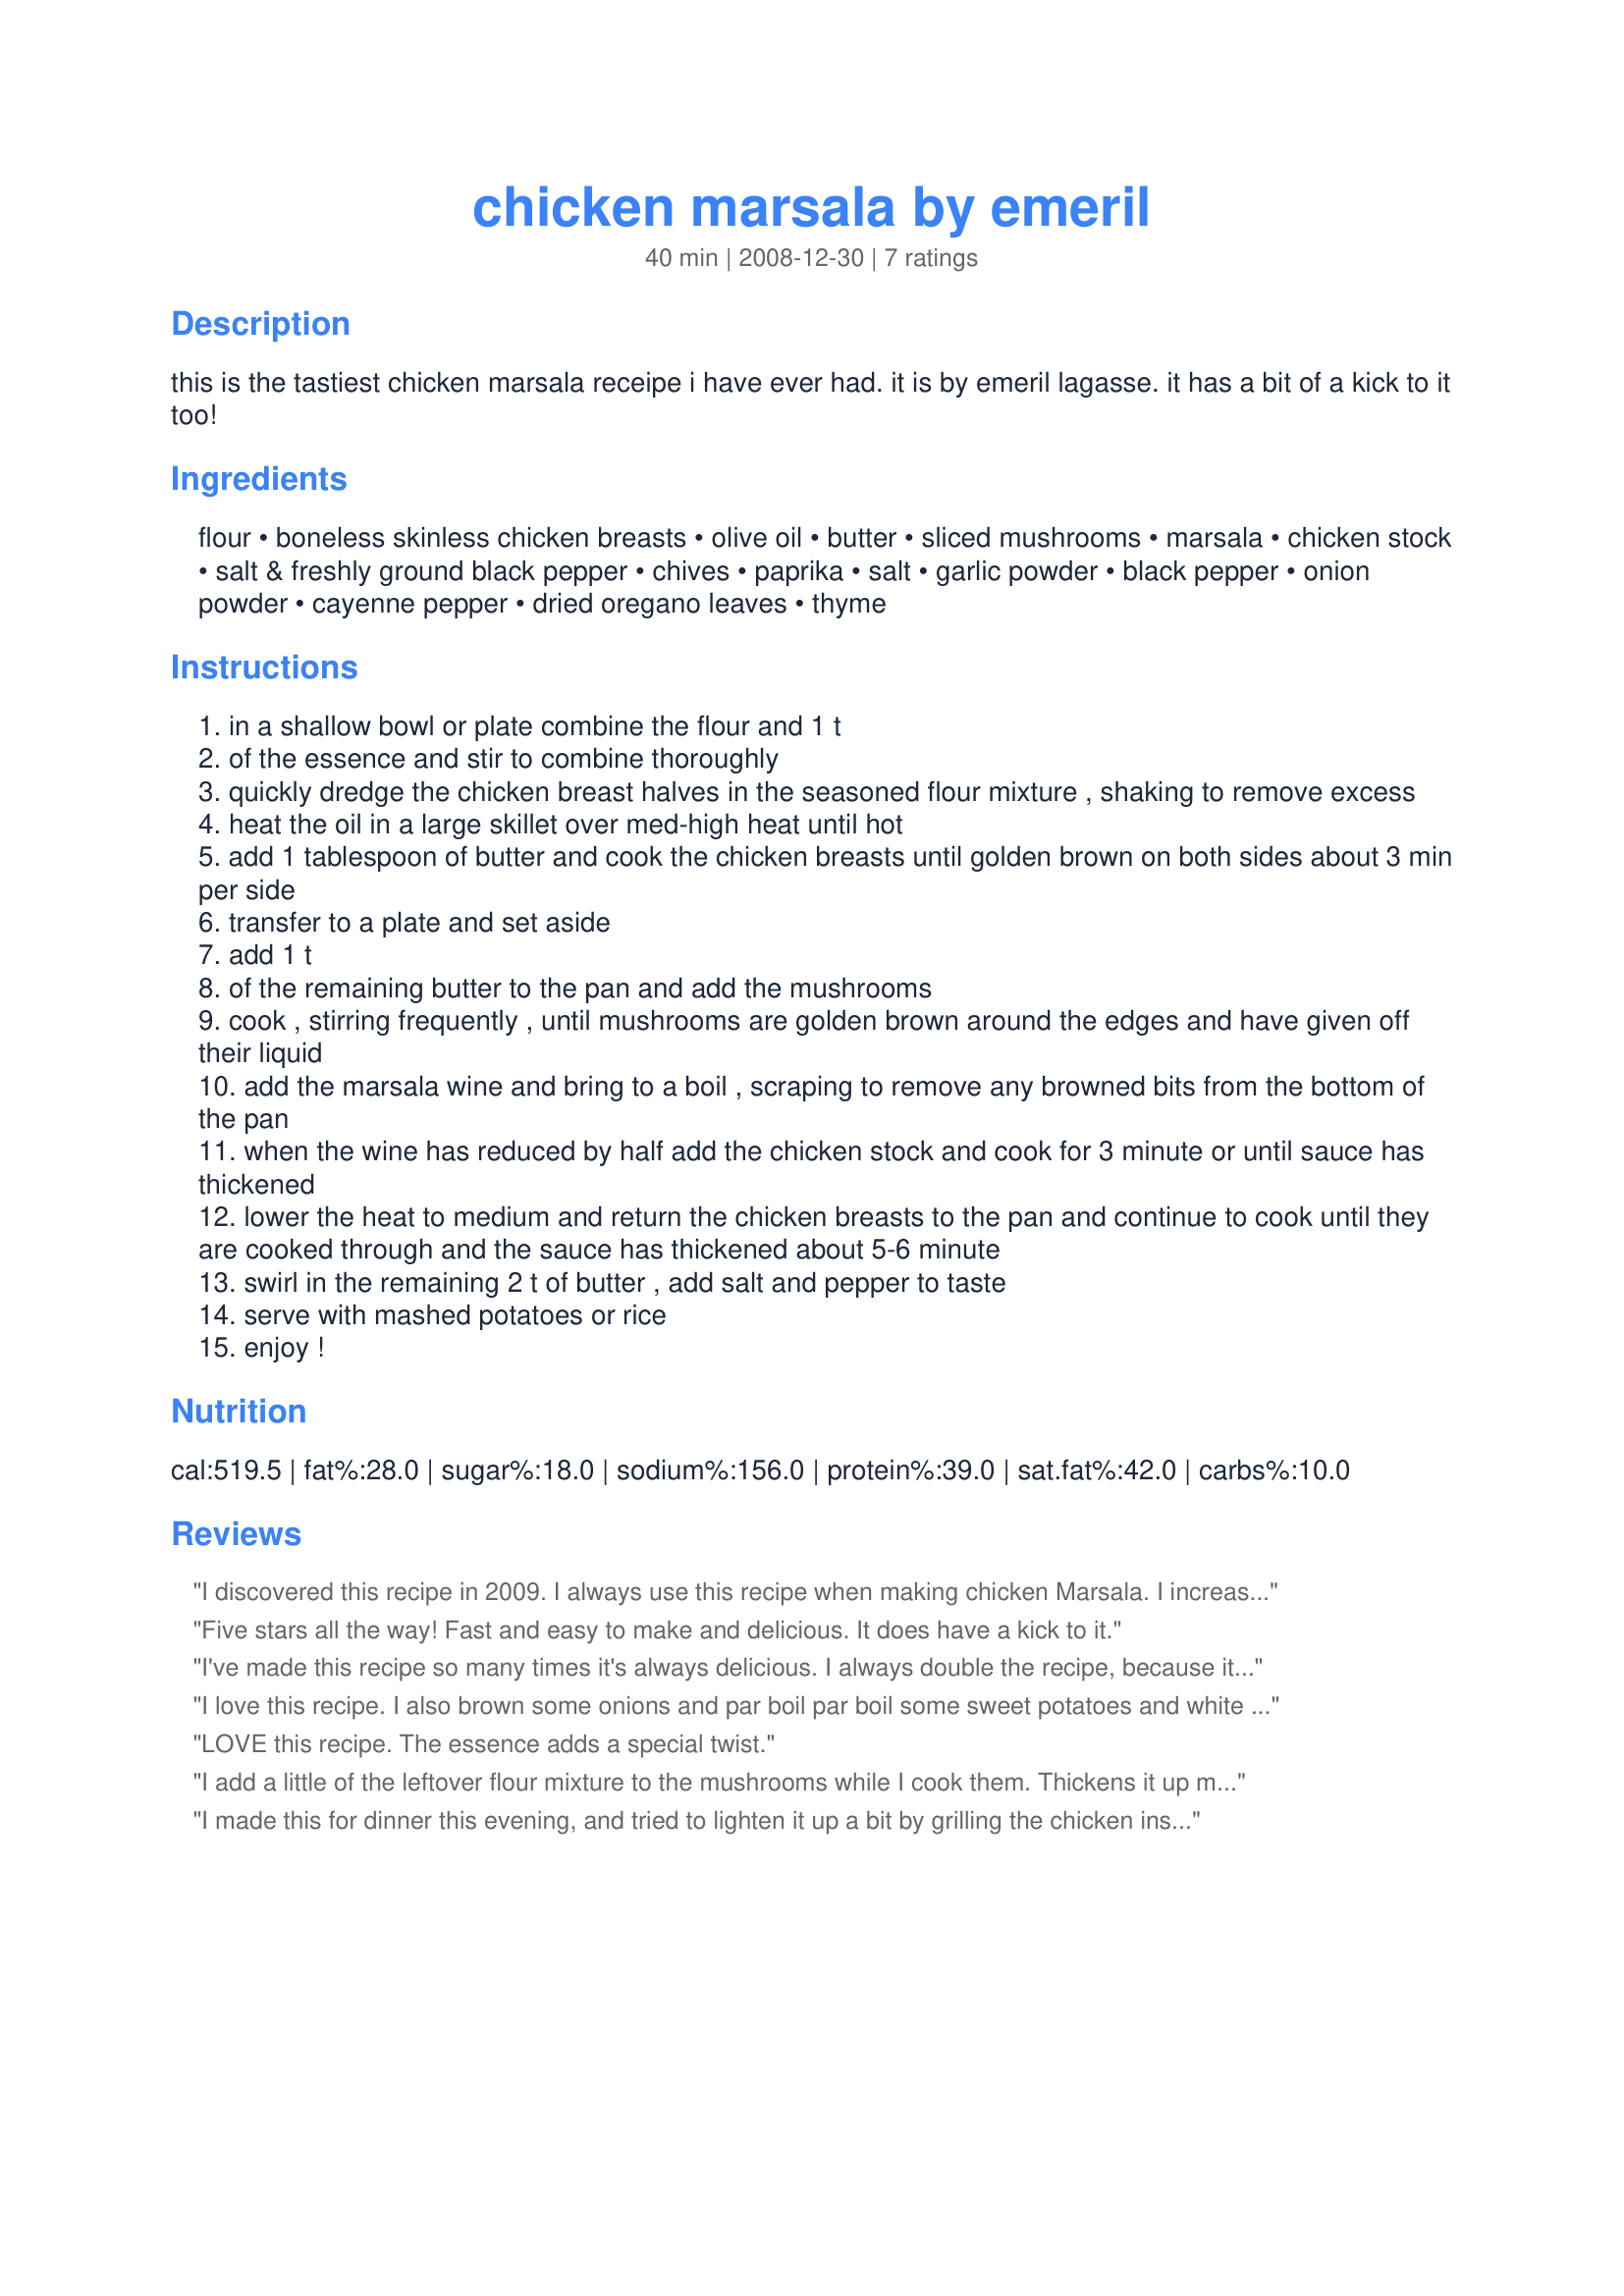
chicken marsala by emeril
Preparation time: 40 minutes

this is the tastiest chicken marsala receipe i have ever had. it is by emeril lagasse. it has a bit of a kick to it too!

Ingredients:
flour, boneless skinless chicken breasts, olive oil, butter, sliced mushrooms, marsala, chicken stock, salt & freshly ground black pepper, chives, paprika, salt, garlic powder, black pepper, onion powder, cayenne pepper, dried oregano leaves, thyme

Steps:
in a shallow bowl or plate combine the flour and 1 t
of the essence and stir to combine thoroughly
quickly dredge the chicken breast halves in the seasoned flour mixture , shaking to remove excess
heat the oil in a large skillet over med-high heat until hot
add 1 tablespoon of butter and cook the chicken breasts until golden brown on both sides about 3 min per side
transfer to a plate and set aside
add 1 t
of the remaining butter to the pan and add the mushrooms
cook , stirring frequently , until mushrooms are golden brown around the edges and have given off their liquid
add the marsala wine and bring to a boil , scraping to remove any browned bits from the bottom of the pan
when the wine has reduced by half add the chicken stock and cook for 3 minute or until sauce has thickened
lower the heat to medium and return the chicken breasts to the pan and continue to cook until they are cooked through and the sauce has thickened about 5-6 minute
swirl in the remaining 2 t of butter , add salt and pepper to taste
serve with mashed potatoes or rice
enjoy !

Reviews:
I discovered this recipe in 2009. I always use this recipe when making chicken Marsala. I increase the ingredients a bit for more of the sauce. Just seems to get sucked up by the chicken. The essence is amazing. I use it in other dishes too.
Five stars all the way! Fast and easy to make and delicious. It does have a kick to it.
I've made this recipe so many times it's always delicious. I always double the recipe, because it's so good.
I love this recipe. I also brown some onions and par boil par boil some sweet potatoes and white potatoes and toss in at the end. It is than a 1 pot meal.
LOVE this recipe. The essence adds a special twist.
I add a little of the leftover flour mixture to the mushrooms while I cook them. Thickens it up much better!
I made this for dinner this evening, and tried to lighten it up a bit by grilling the chicken instead of breading and pan frying. Because changing the process changes the outcome, I am not using the rating system and instead just offering comments. This seemed to be a lighter flavored version of Marsala than I have had in the past. I enjoyed the kick from the Essence seasoning and it was great over spagetti aglio e olio. When grilling the chicken as an alternative, you will need to add corn starch or another thickener to get the sauce consistency correct. Overall, it had good flavor!
